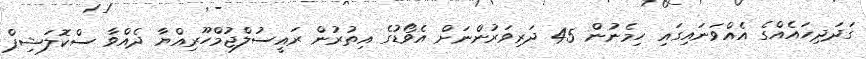
ގަދަދިހައެއްގެ އެއްވަނައިގައި ހިމެނުން 45 ދަރިވަރުންނަށް އެވޯޑުގެ އިތުރުން ރައީސުލްޖުމްހޫރިއްޔާ ދެއްވާ ސްކޮލަޝިޕް